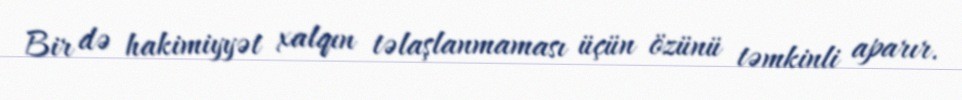
Bir də hakimiyyət xalqın təlaşlanmaması üçün özünü təmkinli aparır.